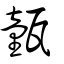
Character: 㼿